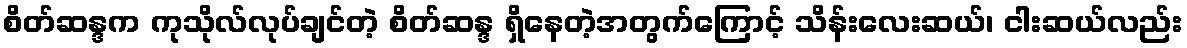
စိတ်ဆန္ဒက ကုသိုလ်လုပ်ချင်တဲ့ စိတ်ဆန္ဒ ရှိနေတဲ့အတွက်ကြောင့် သိန်းလေးဆယ်၊ ငါးဆယ်လည်း